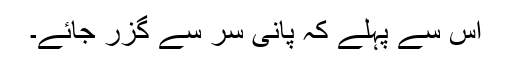
اس سے پہلے کہ پانی سر سے گزر جائے۔